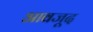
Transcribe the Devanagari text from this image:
आवजूद